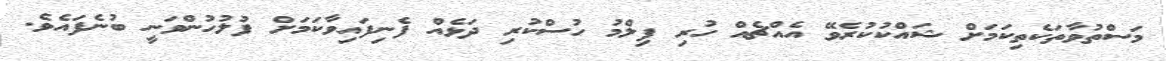
މަސްތުވާތަކެތިކަމަށް ޝައްކުކުރެވޭ އެއްޗެއް ހުރި ފިލްމު ހުސްކުރި ދަޅެއް ފެނިފައިވާކަމަށް ފުލުހުންވަނީ ބުނެފައެވެ.